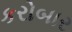
કરોબાર